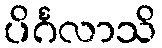
ပိင်္ဂလာသိ